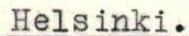
Helsinki.